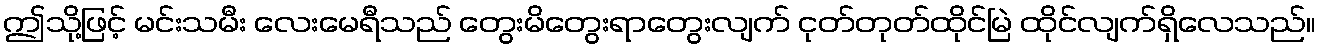
ဤသို့ဖြင့် မင်းသမီး လေးမေရီသည် တွေးမိတွေးရာတွေးလျက် ငုတ်တုတ်ထိုင်မြဲ ထိုင်လျက်ရှိလေသည်။